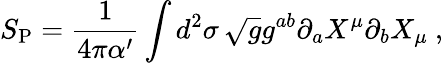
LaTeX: S_{\mathrm{P}}=\frac{1}{4\pi\alpha^{\prime}}\int d^{2}\sigma\, \sqrt{g}g^{ab}\partial_{a}X^{\mu}\partial_{b}X_{\mu}\ ,